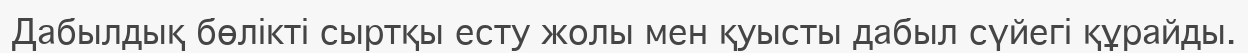
Дабылдық бөлікті сыртқы есту жолы мен қуысты дабыл сүйегі құрайды.